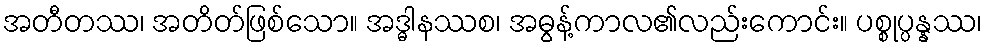
အတီတဿ၊ အတိတ်ဖြစ်သော။ အဒ္ဓါနဿစ၊ အဓွန့်ကာလ၏လည်းကောင်း။ ပစ္စုပ္ပန္နဿ၊